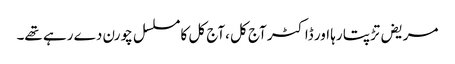
مریض تڑپتا رہا اور ڈاکٹر آج کل ،آج کل کا مسلسل چورن دے رہے تھے۔